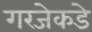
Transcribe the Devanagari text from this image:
गरजेकडे